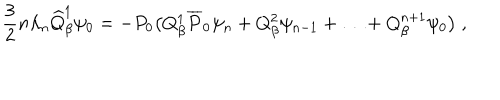
LaTeX: \frac { 3 } { 2 } n \lambda _ { n } \widehat { Q } _ { \beta } ^ { 1 } \psi _ { 0 } = - P _ { 0 } \bigl ( Q _ { \beta } ^ { 1 } \overline { { { P } } } _ { 0 } \psi _ { n } + Q _ { \beta } ^ { 2 } \psi _ { n - 1 } + \ldots + Q _ { \beta } ^ { n + 1 } \psi _ { 0 } \bigr ) \; , \nonumber